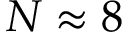
N \approx { 8 }